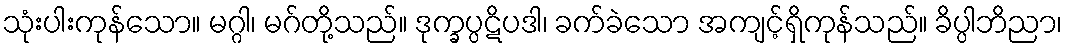
သုံးပါးကုန်သော။ မဂ္ဂါ၊ မဂ်တို့သည်။ ဒုက္ခပ္ပဋိပဒါ၊ ခက်ခဲသော အကျင့်ရှိကုန်သည်။ ခိပ္ပါဘိညာ၊